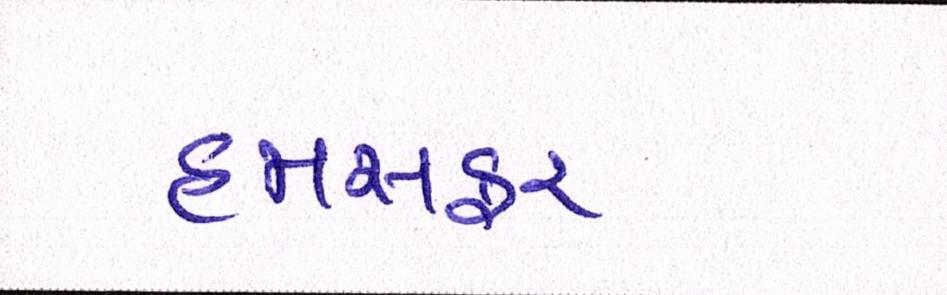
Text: હમસફર